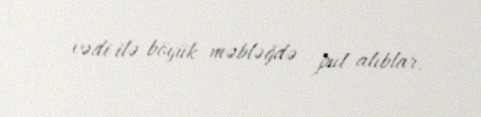
vədi ilə böyük məbləğdə pul alıblar.